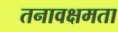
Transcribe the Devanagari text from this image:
तनावक्षमता